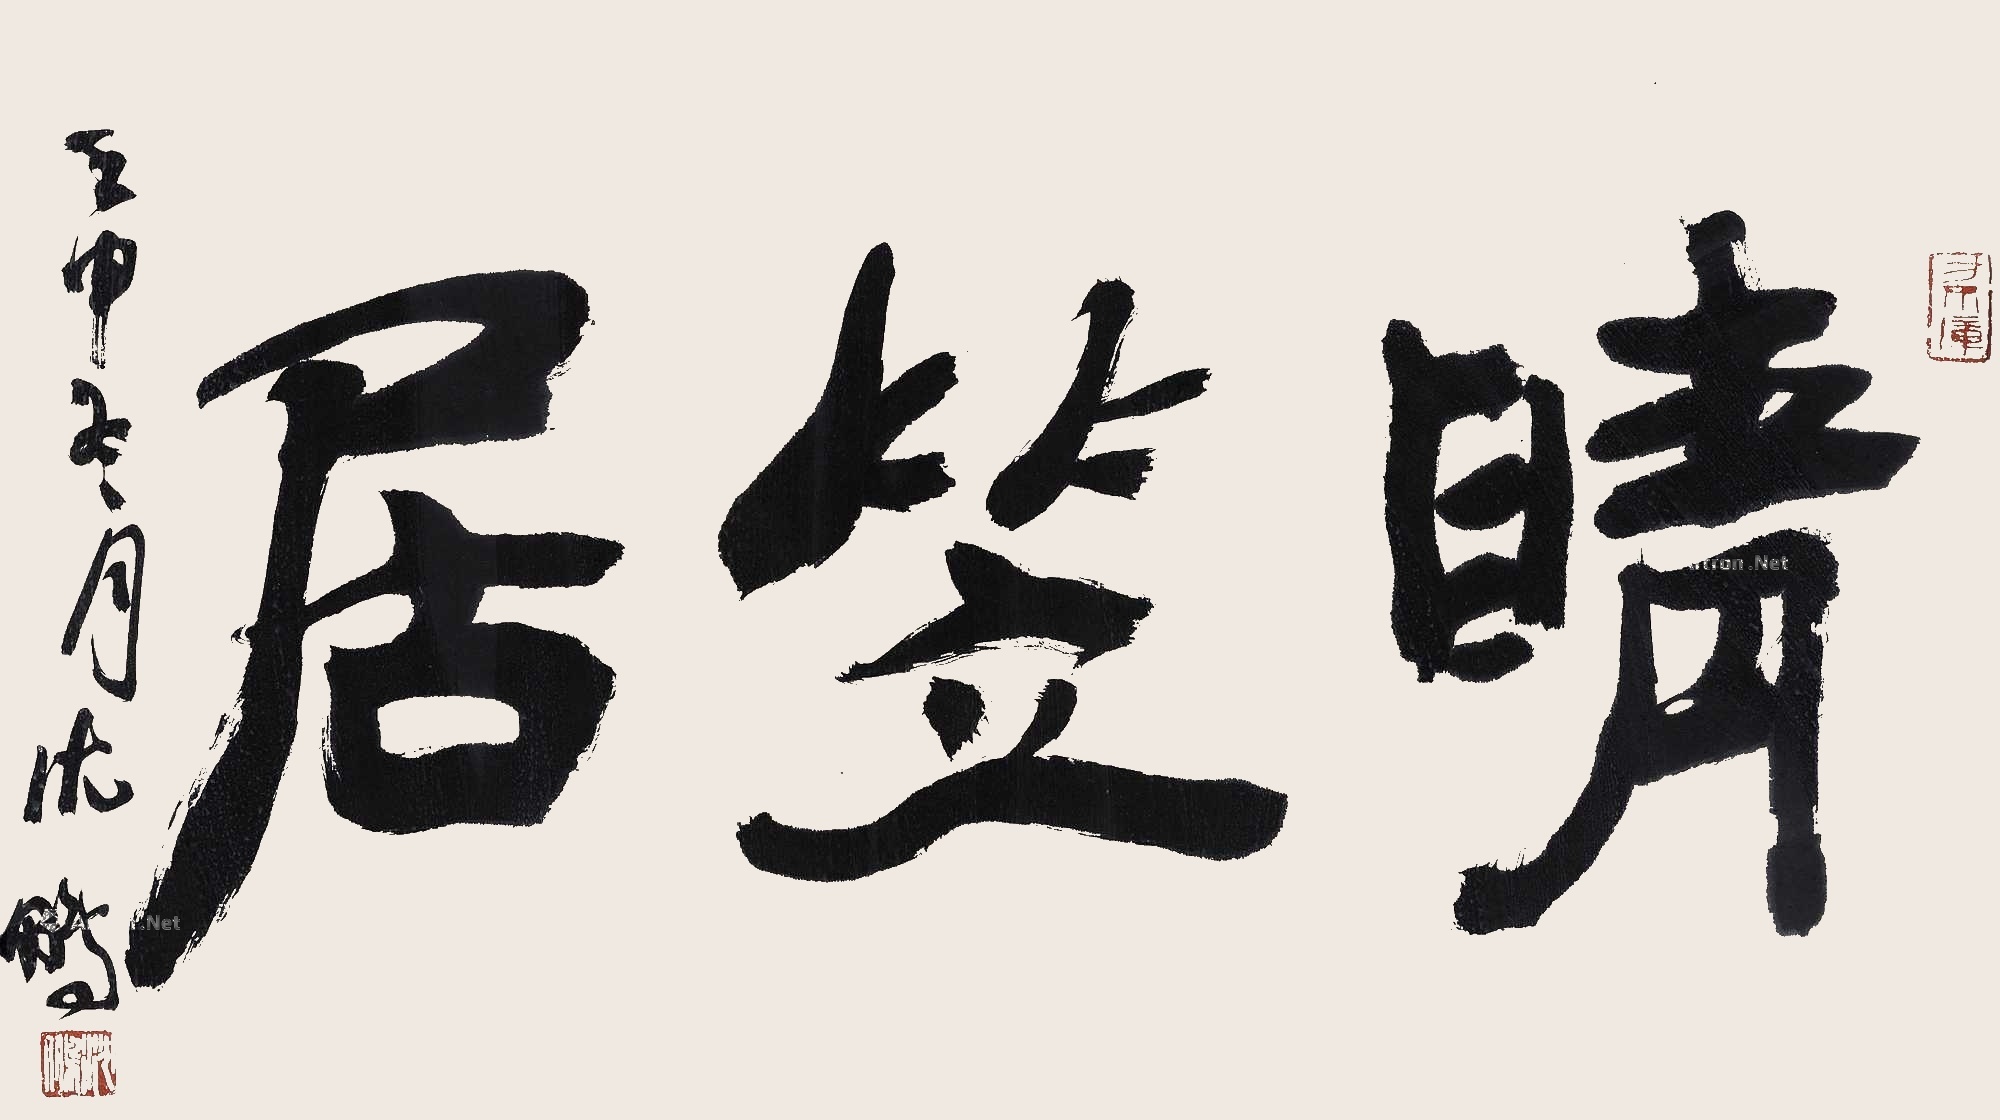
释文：晴笠居。壬申冬月。沈鹏。